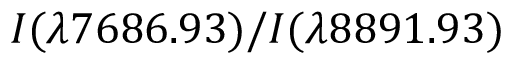
I ( \lambda 7 6 8 6 . 9 3 ) / \allowbreak I ( \lambda 8 8 9 1 . 9 3 )